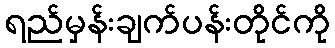
ရည်မှန်းချက်ပန်းတိုင်ကို